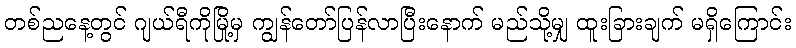
တစ်ညနေ့တွင် ဂျယ်ရီကိုမြို့မှ ကျွန်တော်ပြန်လာပြီးနောက် မည်သို့မျှ ထူးခြားချက် မရှိကြောင်း